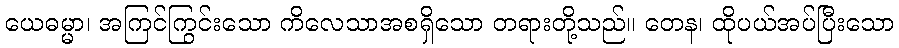
ယေဓမ္မာ၊ အကြင်ကြွင်းသော ကိလေသာအစရှိသော တရားတို့သည်။ တေန၊ ထိုပယ်အပ်ပြီးသော